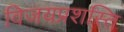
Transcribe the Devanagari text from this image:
विजयप्रशस्ति